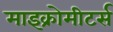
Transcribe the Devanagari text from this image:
माइक्रोमीटर्स